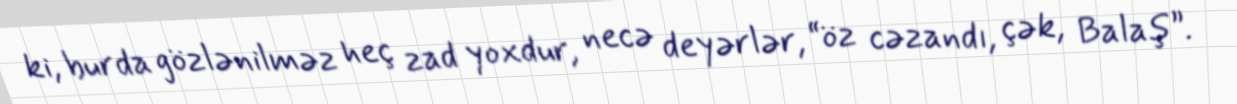
ki, burda gözlənilməz heç zad yoxdur, necə deyərlər, “öz cəzandı, çək, Balaş”.